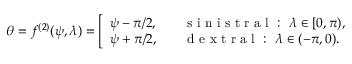
\theta = f ^ { ( 2 ) } ( \psi , \lambda ) = \left[ \begin{array} { l l } { \psi - { \pi } / { 2 } , } & { \quad \mathrm { ~ s ~ i ~ n ~ i ~ s ~ t ~ r ~ a ~ l ~ : ~ } \ { \lambda } \in [ 0 , \pi ) , } \\ { \psi + { \pi } / { 2 } , } & { \quad \mathrm { ~ d ~ e ~ x ~ t ~ r ~ a ~ l ~ : ~ } \ { \lambda } \in ( - \pi , 0 ) . } \end{array} \right.